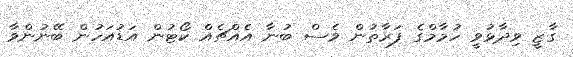
ގާޒީ ވިދާޅުވީ ހުމާމްގެ ފަރާތުން ވެސް ބުނާ އެއްޗެއް ކޯޓުން އަޑުއަހުން ބޭނުންވާ